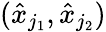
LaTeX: (\hat{x}_{j_{1}},\hat{x}_{j_{2}})